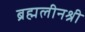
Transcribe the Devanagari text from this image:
ब्रह्मलीनश्री